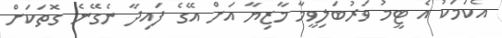
އެކަމަކު އެ ޓީމު ވަރުބަލިވީމާ މާޒިޔާ އަށް އޭގެ ފައިދާ ނެގޭނެ ގޮތަކަށް